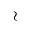
\wr